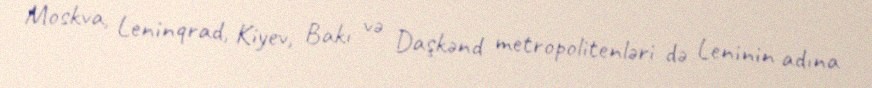
Moskva, Leninqrad, Kiyev, Bakı və Daşkənd metropolitenləri də Leninin adına